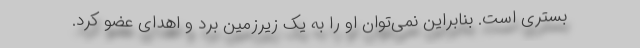
بستری است. بنابراین نمی‌توان او را به یک زیرزمین برد و اهدای عضو کرد.